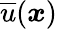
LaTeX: {\overline{{u}}}({\boldsymbol{x}})